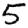
Digit: 5